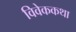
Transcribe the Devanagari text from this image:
विवेककथा